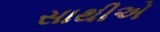
સાથીએ